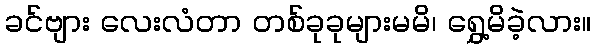
ခင်ဗျား လေးလံတာ တစ်ခုခုများမမိ၊ ရွှေ့မိခဲ့လား။